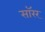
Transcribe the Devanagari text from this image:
सॉरर